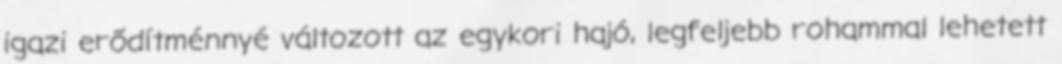
igazi erődítménnyé változott az egykori hajó, legfeljebb rohammal lehetett